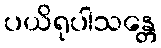
ပယိရုပါသန္တေ